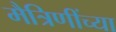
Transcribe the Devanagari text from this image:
मैत्रिणींच्या